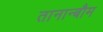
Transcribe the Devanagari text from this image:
तानान्बौम